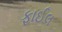
ફાઈલ